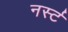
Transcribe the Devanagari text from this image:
नर्स्ट